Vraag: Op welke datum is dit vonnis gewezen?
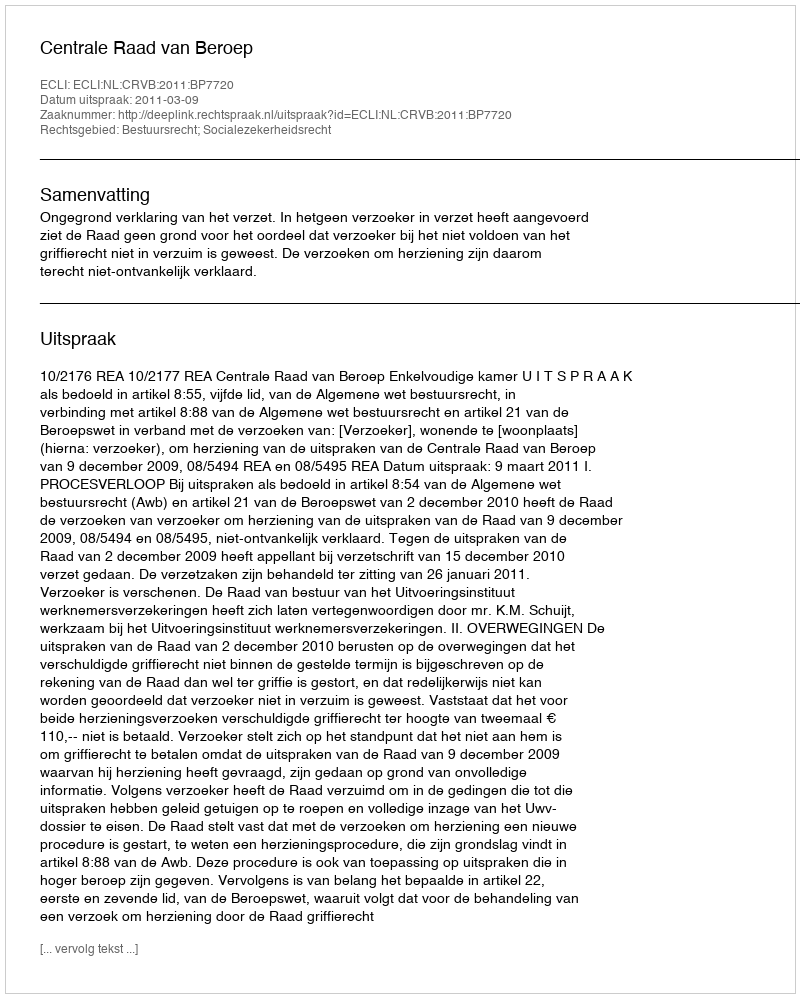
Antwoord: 2011-03-09